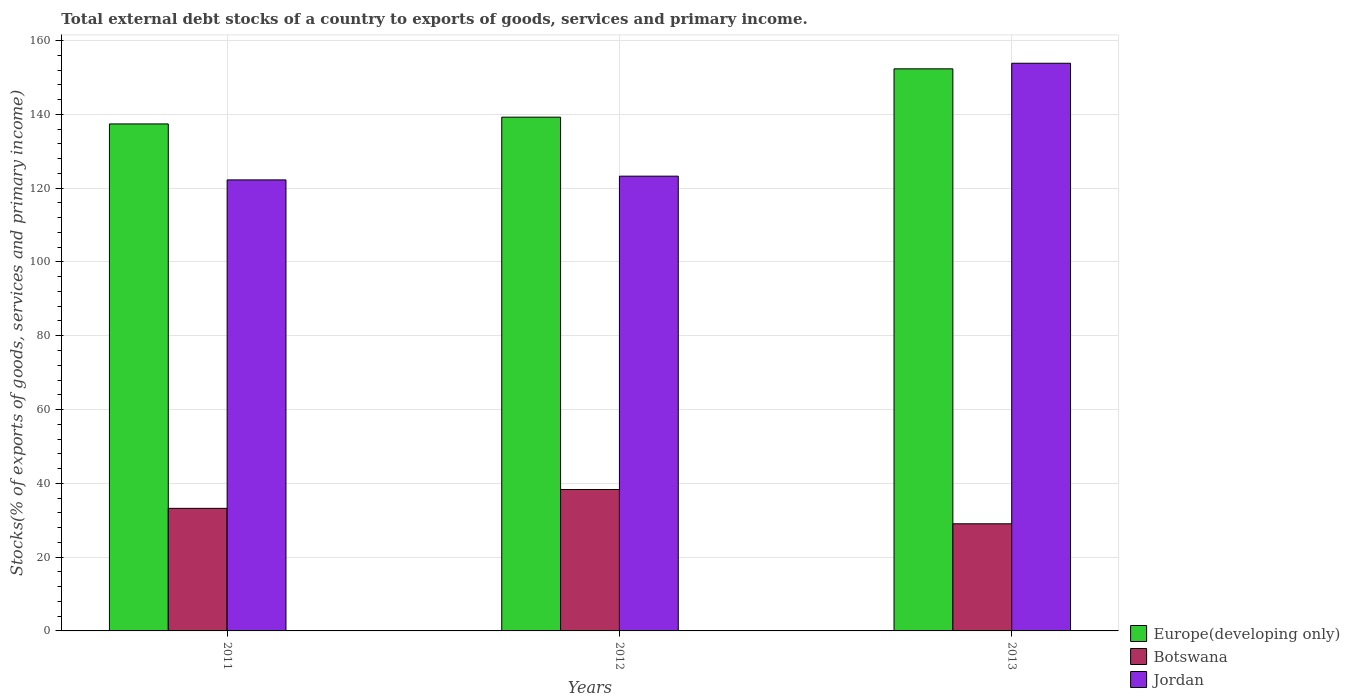
| Years | Europe(developing only) | Botswana | Jordan |
 | --- | --- | --- | --- |
 | 2011 | 137 | 33.2 | 122 |
 | 2012 | 139 | 38.3 | 123 |
 | 2013 | 152 | 29 | 154 |